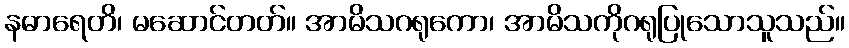
နဓာရေတိ၊ မဆောင်တတ်။ အာမိသဂရုကော၊ အာမိသကိုဂရုပြုသောသူသည်။